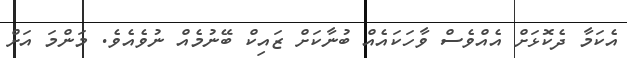
އެކަމާ ދެކޮޅަށް އެއްވެސް ވާހަކައެއް ބުނާކަށް ޒައިކް ބޭނުމެއް ނުވެއެވެ. މަންމަ އަށް